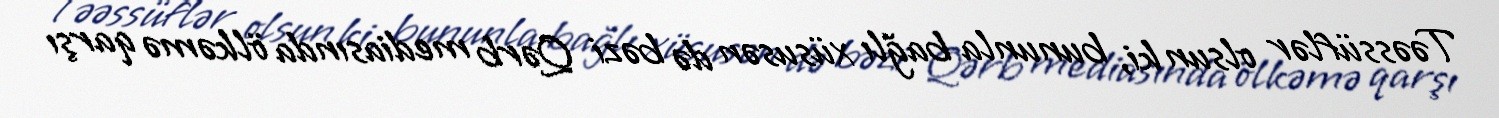
Təəssüflər olsun ki, bununla bağlı xüsusən də bəzi Qərb mediasında ölkəmə qarşı